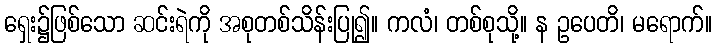
ရှေး၌ဖြစ်သော ဆင်းရဲကို အစုတစ်သိန်းပြု၍။ ကလံ၊ တစ်စုသို့။ န ဥပေတိ၊ မရောက်။